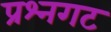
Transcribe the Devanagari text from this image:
प्रश्नगट